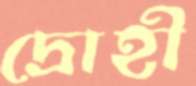
দ্রোহী